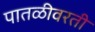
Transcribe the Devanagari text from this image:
पातळीवरती